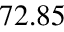
7 2 . 8 5